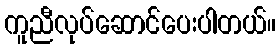
ကူညီလုပ်ဆောင်ပေးပါတယ်။